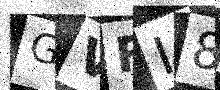
Text: GVRI8S